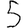
Digit: 5